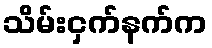
သိမ်းငှက်နက်က